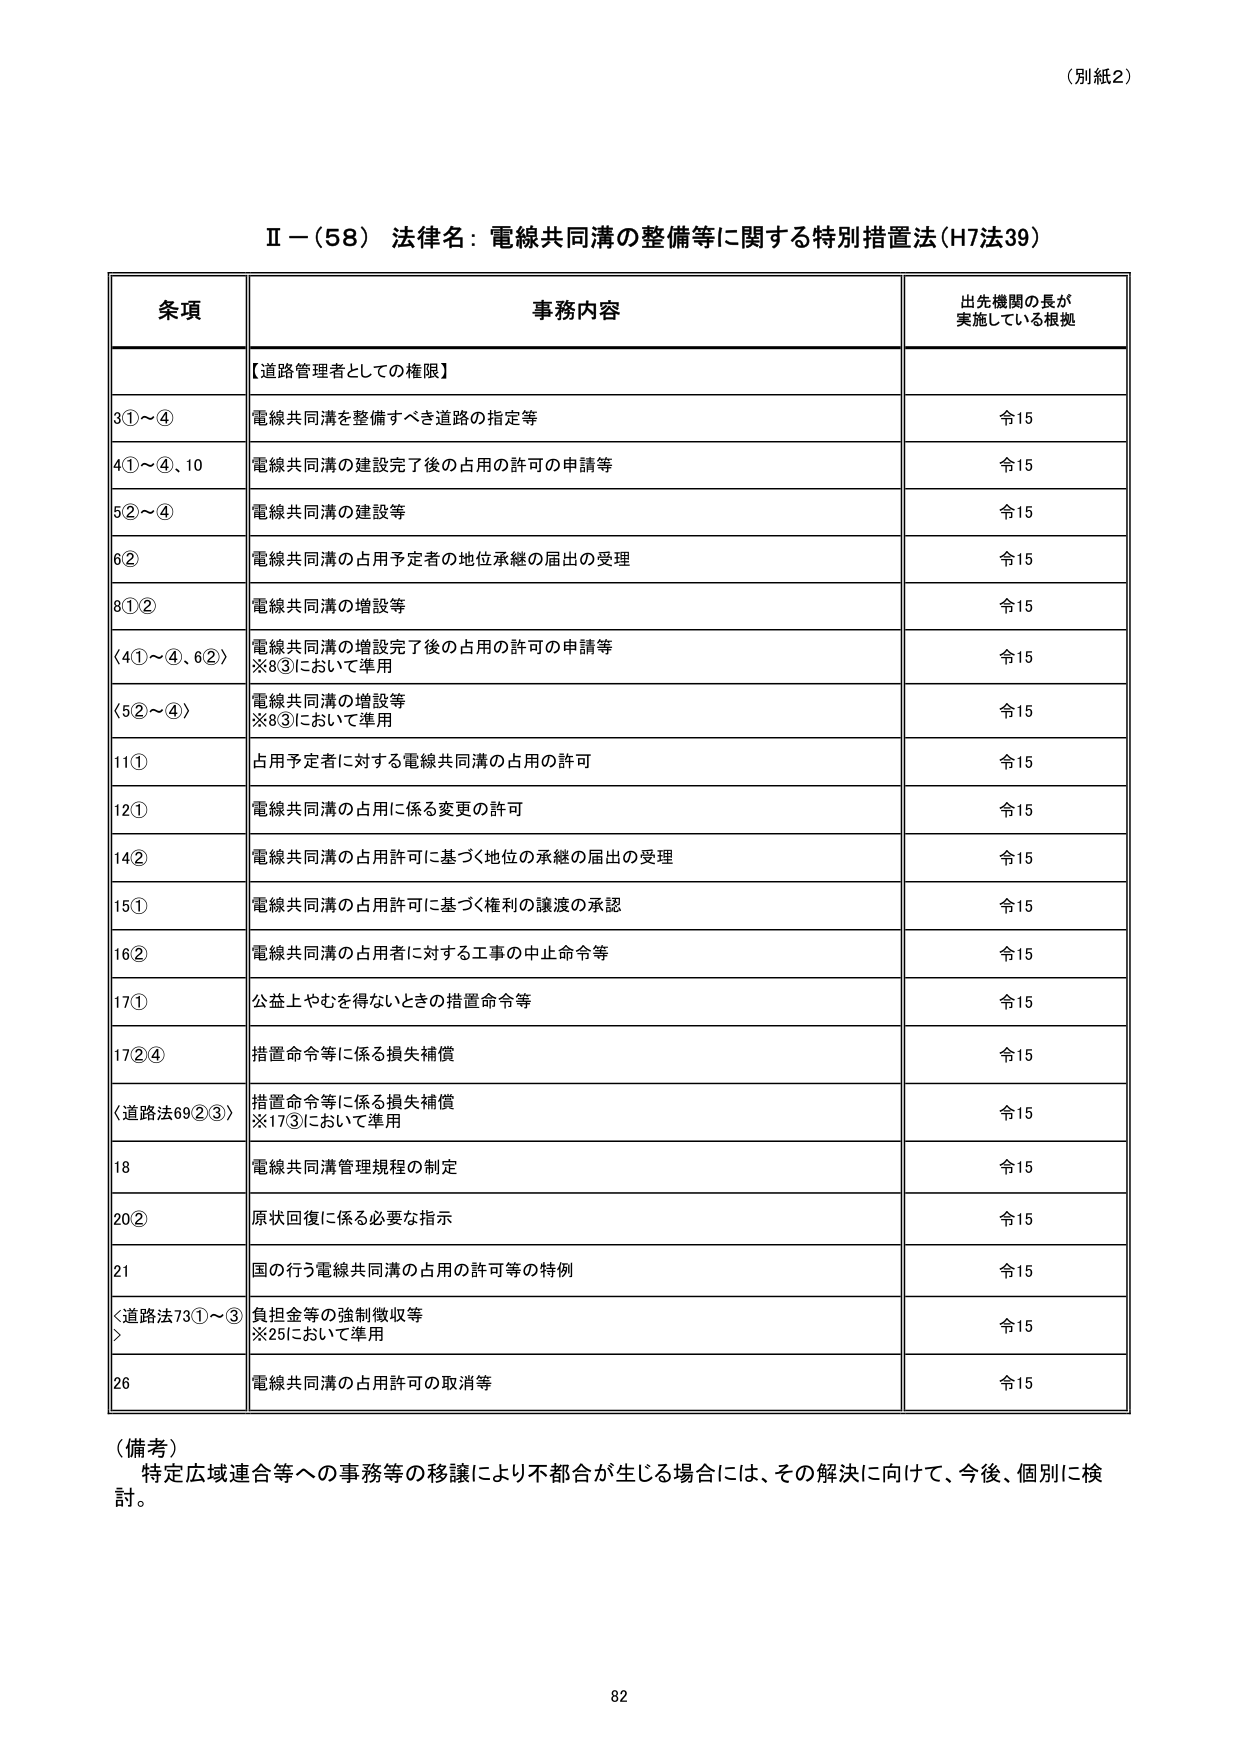
（別紙2）

Ⅱ－（58） 法律名：電線共同溝の整備等に関する特別措置法（H7法39）

条項 事務内容 出先機関の長が 実施している根拠

【道路管理者としての権限】

3①～④ 電線共同溝を整備すべき道路の指定等 令15

4①～④、10 電線共同溝の建設完了後の占用の許可の申請等 令15

5②～④ 電線共同溝の建設等 令15

6② 電線共同溝の占用予定者の地位承継の届出の受理 令15

8①② 電線共同溝の増設等 令15

〈4①～④、6②〉 電線共同溝の増設完了後の占用の許可の申請等 ※8③において準用 令15

〈5②～④〉 電線共同溝の増設等 ※8③において準用 令15

11① 占用予定者に対する電線共同溝の占用の許可 令15

12① 電線共同溝の占用に係る変更の許可 令15

14② 電線共同溝の占用許可に基づく地位の承継の届出の受理 令15

15① 電線共同溝の占用許可に基づく権利の譲渡の承認 令15

16② 電線共同溝の占用者に対する工事の中止命令等 令15

17① 公益上やむを得ないときの措置命令等 令15

17②④ 措置命令等に係る損失補償 令15

〈道路法69②③〉 措置命令等に係る損失補償 ※17③において準用 令15

18 電線共同溝管理規程の制定 令15

20② 原状回復に係る必要な指示 令15

21 国の行う電線共同溝の占用の許可等の特例 令15

〈道路法73①～③〉 負担金等の強制徴収等 ※25において準用 令15

26 電線共同溝の占用許可の取消等 令15

（備考）
特定広域連合等への事務等の移譲により不都合が生じる場合には、その解決に向けて、今後、個別に検討。

82